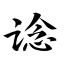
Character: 谂